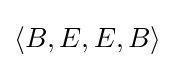
\langle B,E,E,B\rangle